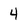
Character: 4